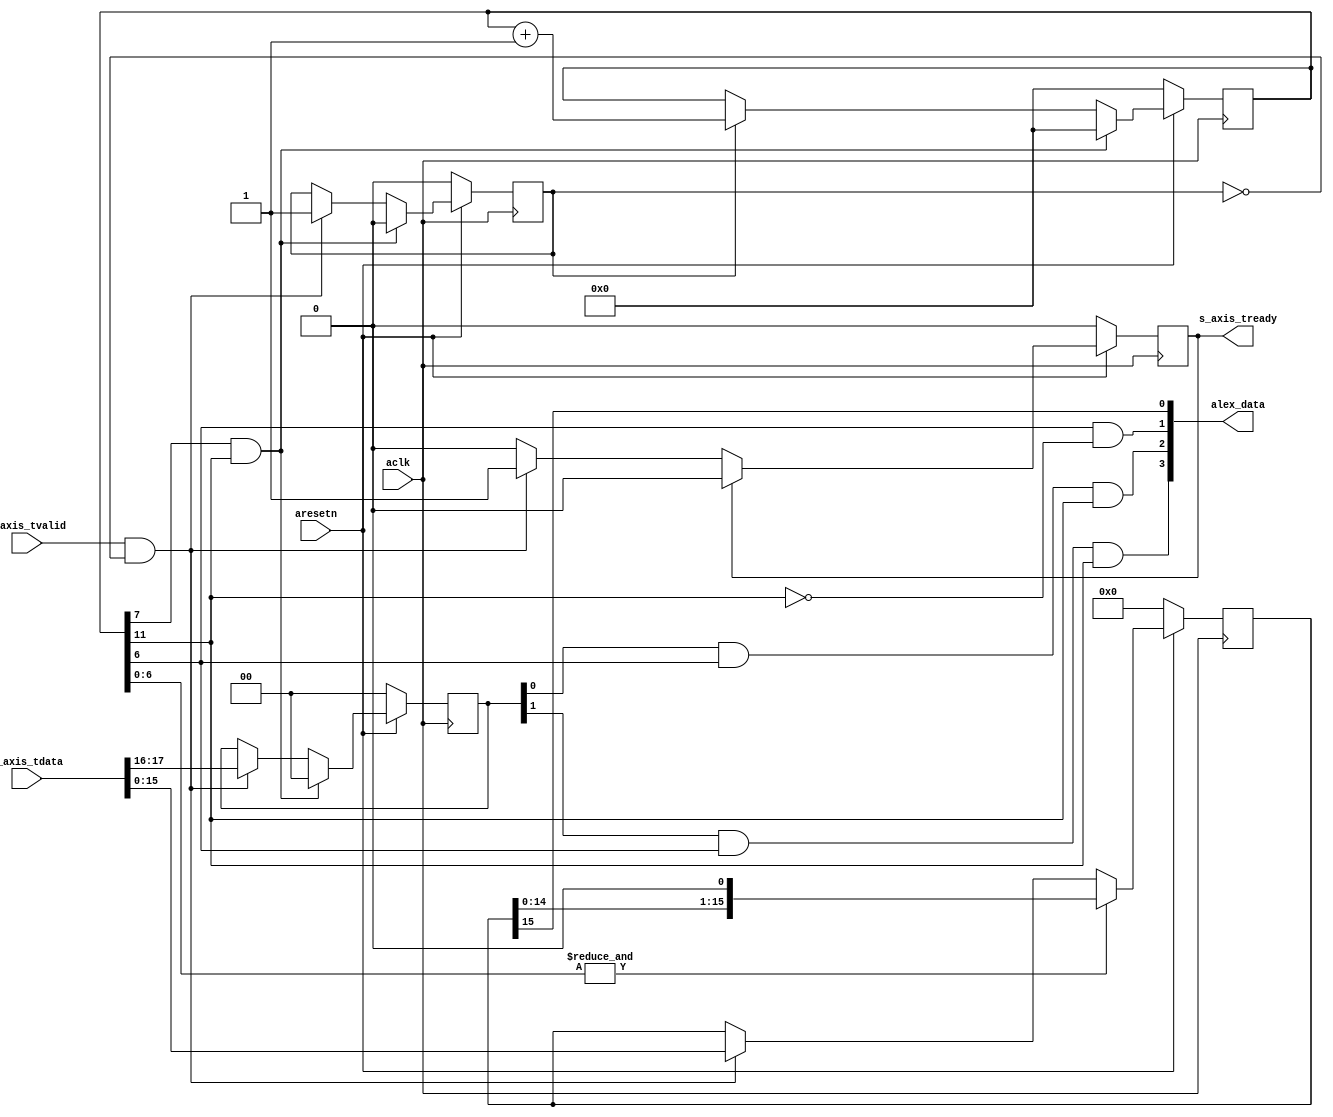

`timescale 1 ns / 1 ps

module axis_alex
(
  // System signals
  input  wire        aclk,
  input  wire        aresetn,

  output wire [3:0]  alex_data,

  // Slave side
  output wire        s_axis_tready,
  input  wire [31:0] s_axis_tdata,
  input  wire        s_axis_tvalid
);

  reg [15:0] int_data_reg, int_data_next;
  reg [11:0] int_cntr_reg, int_cntr_next;
  reg [1:0] int_load_reg, int_load_next;
  reg int_enbl_reg, int_enbl_next;
  reg int_tready_reg, int_tready_next;

  always @(posedge aclk)
  begin
    if(~aresetn)
    begin
      int_data_reg <= 16'd0;
      int_cntr_reg <= 12'd0;
      int_load_reg <= 2'd0;
      int_enbl_reg <= 1'b0;
      int_tready_reg <= 1'b0;
    end
    else
    begin
      int_data_reg <= int_data_next;
      int_cntr_reg <= int_cntr_next;
      int_load_reg <= int_load_next;
      int_enbl_reg <= int_enbl_next;
      int_tready_reg <= int_tready_next;
    end
  end

  always @*
  begin
    int_data_next = int_data_reg;
    int_cntr_next = int_cntr_reg;
    int_load_next = int_load_reg;
    int_enbl_next = int_enbl_reg;
    int_tready_next = int_tready_reg;

    if(s_axis_tvalid & ~int_enbl_reg)
    begin
      int_data_next = s_axis_tdata[15:0];
      int_load_next = s_axis_tdata[17:16];
      int_enbl_next = 1'b1;
      int_tready_next = 1'b1;
    end

    if(int_tready_reg)
    begin
      int_tready_next = 1'b0;
    end

    if(int_enbl_reg)
    begin
      int_cntr_next = int_cntr_reg + 1'b1;
    end

    if(&int_cntr_reg[6:0])
    begin
      int_data_next = {int_data_reg[14:0], 1'b0};
    end

    if(int_cntr_reg[7] & int_cntr_reg[11])
    begin
      int_cntr_next = 12'd0;
      int_load_next = 2'd0;
      int_enbl_next = 1'b0;
    end

  end

  assign s_axis_tready = int_tready_reg;

  assign alex_data[0] = int_data_reg[15];
  assign alex_data[1] = int_cntr_reg[6] & ~int_cntr_reg[11];
  assign alex_data[2] = int_load_reg[0] & int_cntr_reg[6] & int_cntr_reg[11];
  assign alex_data[3] = int_load_reg[1] & int_cntr_reg[6] & int_cntr_reg[11];

endmodule